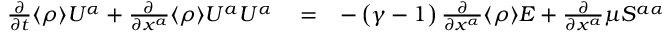
\begin{array} { r l r } { \frac { \partial } { \partial t } \langle { \rho } \rangle U ^ { \alpha } + \frac { \partial } { \partial x ^ { a } } \langle { \rho } \rangle U ^ { a } U ^ { \alpha } } & { { } = } & { - \left( { \gamma - 1 } \right) \frac { \partial } { \partial x ^ { \alpha } } \langle { \rho } \rangle E + \frac { \partial } { \partial x ^ { a } } \mu { \cal { S } } ^ { a \alpha } } \end{array}